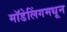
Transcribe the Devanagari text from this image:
मॉडेलिंगमधून